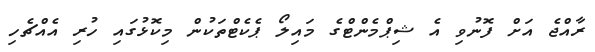
ރާއްޖެ އަށް ފޮނުވި އެ ޝިޕްމެންޓްގެ މައިލޯ ޕެކެޓްތަކުން މިކޮޅުގައި ހުރި އެއްޗެހި